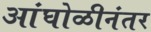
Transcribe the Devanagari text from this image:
आंघोळीनंतर